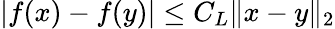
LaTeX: \left|f(x)-f(y)\right|\le C_{L}\| x-y\| _{2}